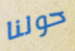
حولنا